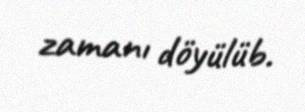
zamanı döyülüb.